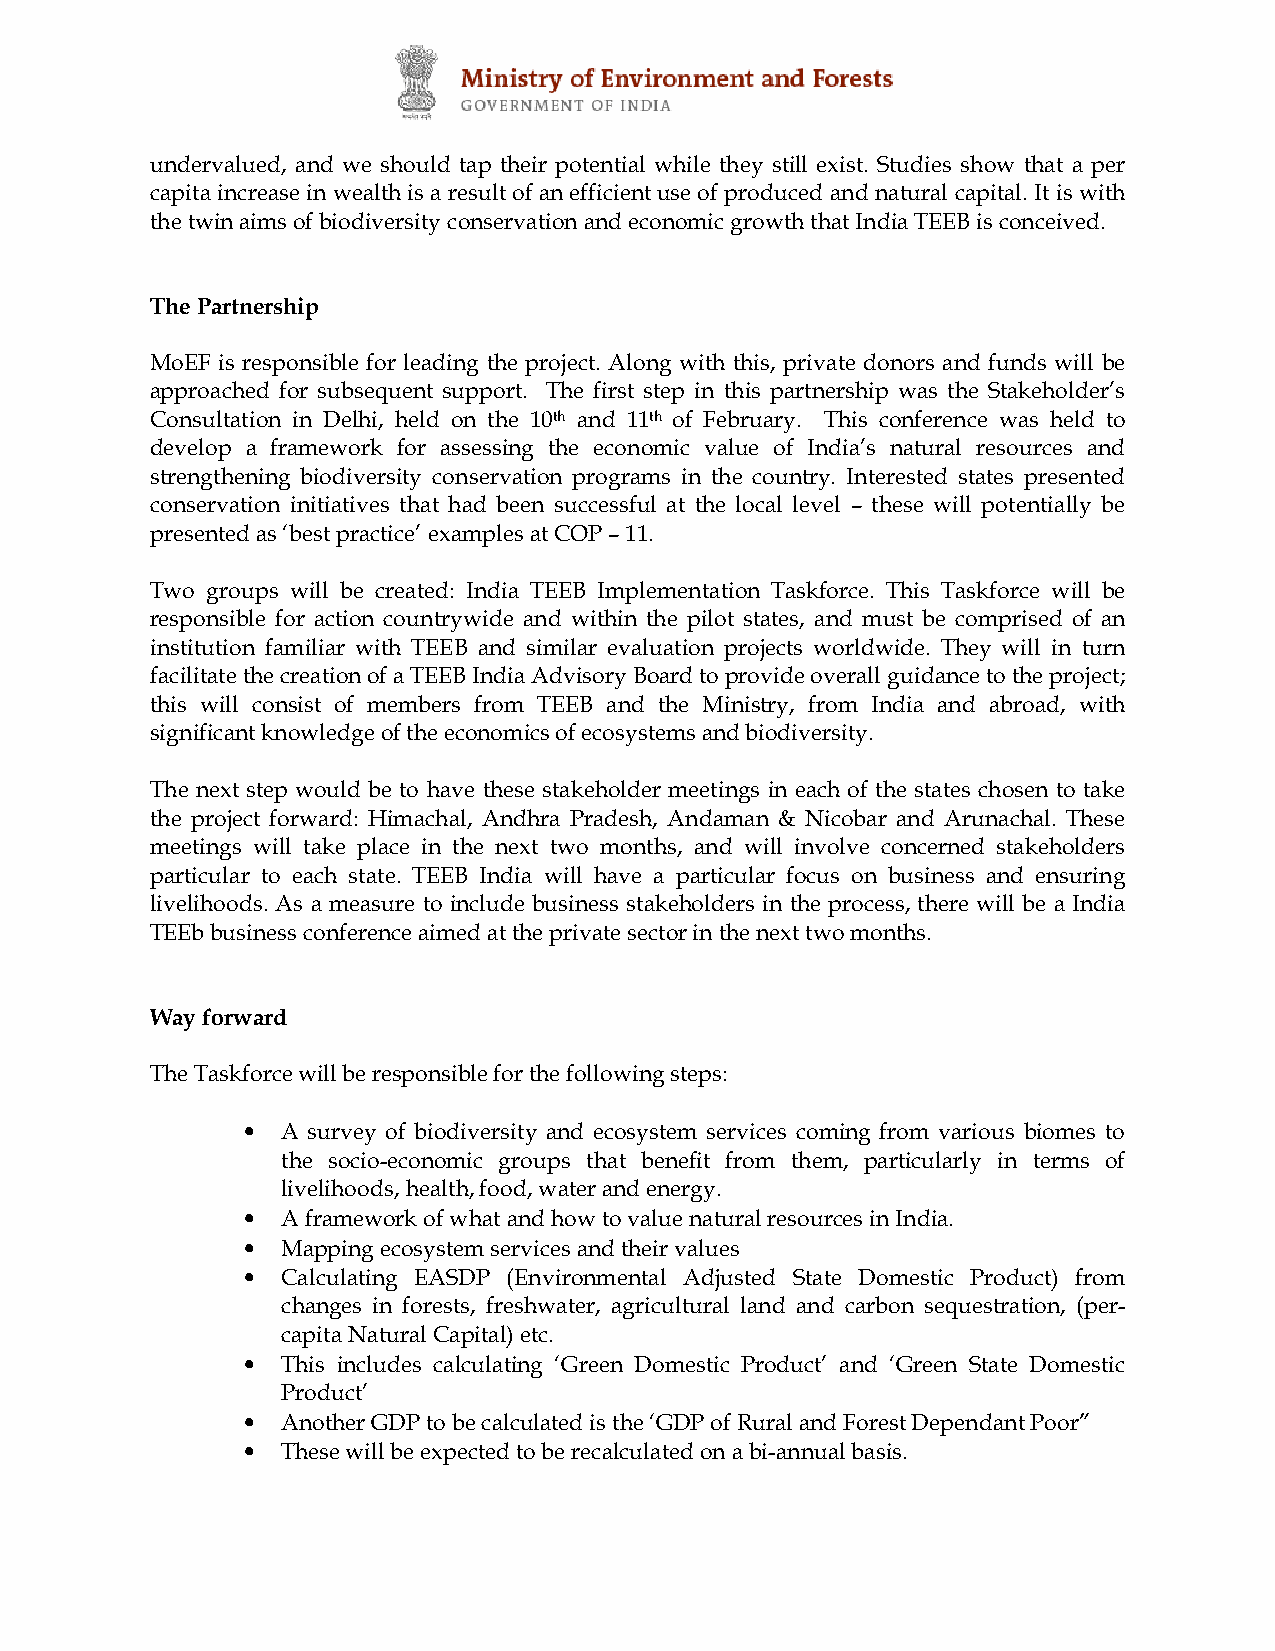
undervalued, and we should tap their potential while they still exist. Studies show that a per
 capita increase in wealth is a result of an efficient use of produced and natural capital. It is with
 the twin aims of biodiversity conservation and economic growth that India TEEB is conceived.
 The Partnership
 MoEF is responsible for leading the project. Along with this, private donors and funds will be
 approached for subsequent support. The first step in this partnership was the Stakeholder’s
 Consultation in Delhi, held on the 10th and 11th of February. This conference was held to
 develop a framework for assessing the economic value of India’s natural resources and
 strengthening biodiversity conservation programs in the country. Interested states presented
 conservation initiatives that had been successful at the local level – these will potentially be
 presented as ‘best practice’ examples at COP – 11.
 Two groups will be created: India TEEB Implementation Taskforce. This Taskforce will be
 responsible for action countrywide and within the pilot states, and must be comprised of an
 institution familiar with TEEB and similar evaluation projects worldwide. They will in turn
 facilitate the creation of a TEEB India Advisory Board to provide overall guidance to the project;
 this will consist of members from TEEB and the Ministry, from India and abroad, with
 significant knowledge of the economics of ecosystems and biodiversity.
 The next step would be to have these stakeholder meetings in each of the states chosen to take
 the project forward: Himachal, Andhra Pradesh, Andaman & Nicobar and Arunachal. These
 meetings will take place in the next two months, and will involve concerned stakeholders
 particular to each state. TEEB India will have a particular focus on business and ensuring
 livelihoods. As a measure to include business stakeholders in the process, there will be a India
 TEEb business conference aimed at the private sector in the next two months.
 Way forward
 The Taskforce will be responsible for the following steps:
 •
 A survey of biodiversity and ecosystem services coming from various biomes to
 the socio-economic groups that benefit from them, particularly in terms of
 livelihoods, health, food, water and energy.
 •
 A framework of what and how to value natural resources in India.
 •
 Mapping ecosystem services and their values
 •
 Calculating EASDP (Environmental Adjusted State Domestic Product) from
 changes in forests, freshwater, agricultural land and carbon sequestration, (per-
 capita Natural Capital) etc.
 •
 This includes calculating ‘Green Domestic Product’ and ‘Green State Domestic
 Product’
 •
 Another GDP to be calculated is the ‘GDP of Rural and Forest Dependant Poor”
 •
 These will be expected to be recalculated on a bi-annual basis.